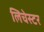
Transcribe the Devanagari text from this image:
लिचेस्टर